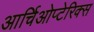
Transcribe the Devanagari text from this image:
आर्चिओप्टेरिक्स